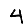
Digit: 4